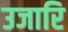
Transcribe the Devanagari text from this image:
उजारि